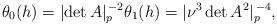
LaTeX: \begin{align*} \theta_0(h) = \lvert \det A \rvert_p^{\, -2} \theta_1(h) = \lvert \nu^3\det A^2 \rvert_p^{\, -4},\end{align*}